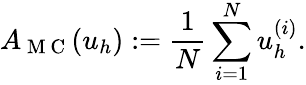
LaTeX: A_{\mathrm{~M~C~}}(u_{h}):=\frac{1}{N}\sum_{i=1}^{N}u_{h}^{(i)}.